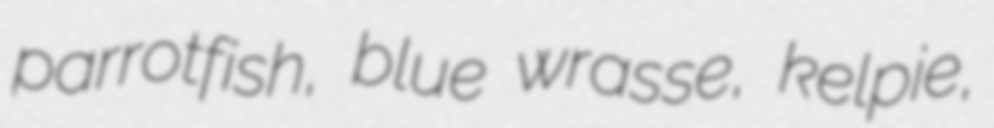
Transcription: parrotfish, blue wrasse, kelpie,